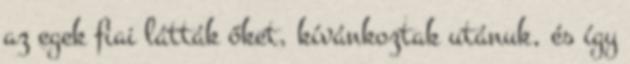
az egek fiai látták őket, kívánkoztak utánuk, és így